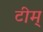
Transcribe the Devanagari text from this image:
टीम्